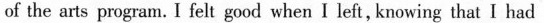
of the arts program. _I felt good when I left, krowing that I had